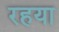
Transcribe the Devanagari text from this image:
रहया